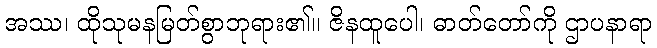
အဿ၊ ထိုသုမနမြတ်စွာဘုရား၏။ ဇိနထူပေါ၊ ဓာတ်တော်ကို ဌာပနာရာ